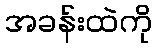
အခန်းထဲကို